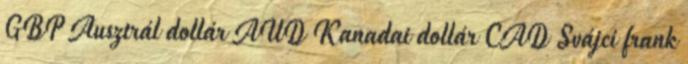
GBP Ausztrál dollár AUD Kanadai dollár CAD Svájci frank